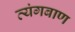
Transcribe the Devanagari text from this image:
व्यंगबाण